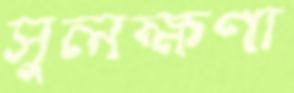
সুলক্ষণা